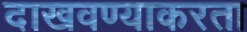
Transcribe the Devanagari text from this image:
दाखवण्याकरता